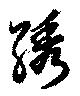
綉